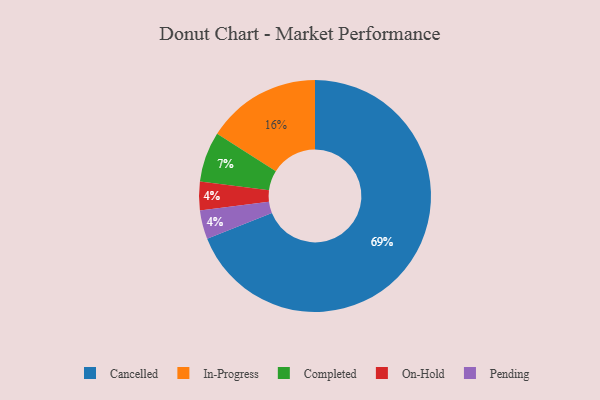
{"axis": {"x": "Category", "y": "Percentage"}, "legend": ["Cancelled", "Completed", "In-Progress", "On-Hold", "Pending"], "data": [{"x": "On-Hold", "y": 4, "type": "On-Hold"}, {"x": "Pending", "y": 4, "type": "Pending"}, {"x": "In-Progress", "y": 16, "type": "In-Progress"}, {"x": "Completed", "y": 7, "type": "Completed"}, {"x": "Cancelled", "y": 69, "type": "Cancelled"}]}